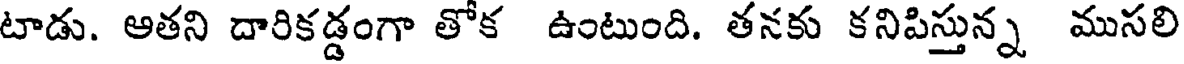
టాడు. ఆతని దారికడ్డంగా తోక ఉంటుంది. తనకు కనిపిస్తున్న ముసలి